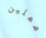
مملين